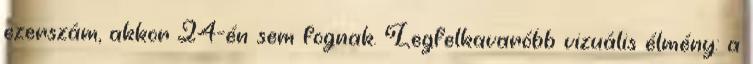
ezerszám, akkor 24-én sem fognak. Legfelkavaróbb vizuális élmény: a